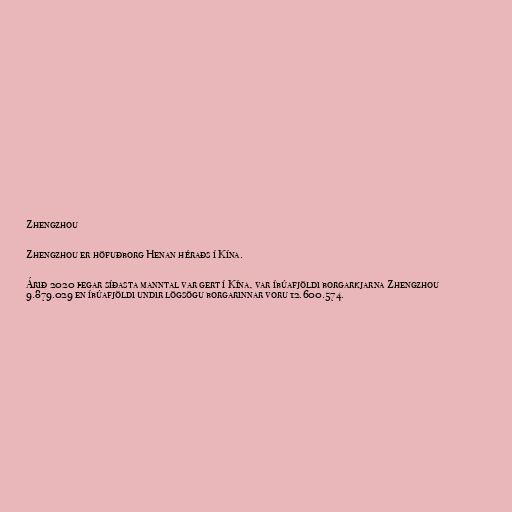
Zhengzhou

Zhengzhou er höfuðborg Henan héraðs í Kína.

Árið 2020 þegar síðasta manntal var gert í Kína, var íbúafjöldi borgarkjarna Zhengzhou
9.879.029 en íbúafjöldi undir lögsögu borgarinnar voru 12.600.574.